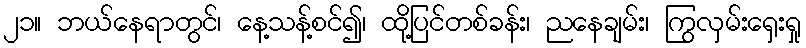
၂၁။ ဘယ်နေရာတွင်၊ နေ့သန့်စင်၍၊ ထို့ပြင်တစ်ခန်း၊ ညနေချမ်း၊ ကြွလှမ်းရှေးရှု